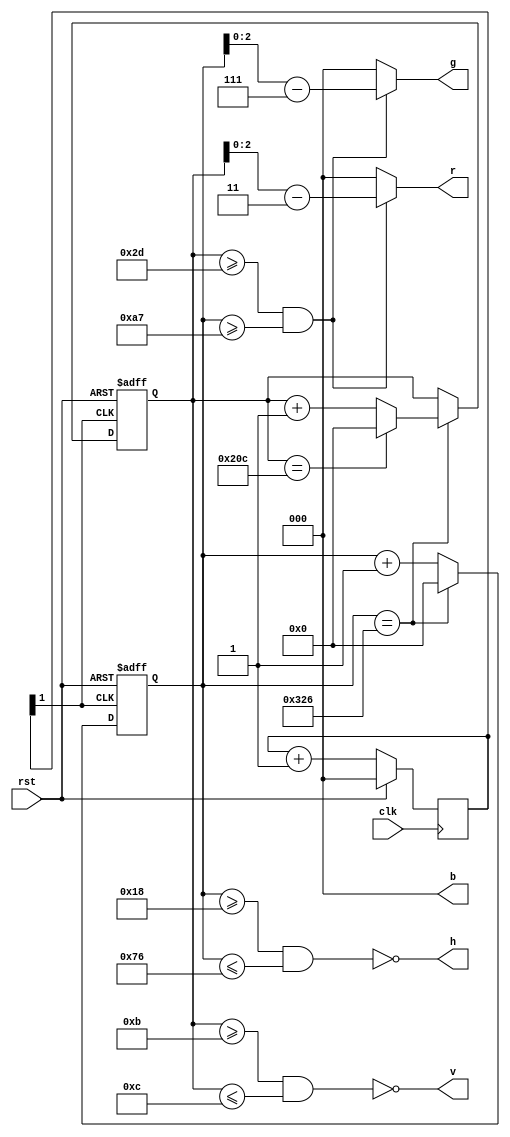
module video(clk, rst, r, g, b, h, v);
   input clk;
   input rst;
   output [2:0] r;
   output [2:0] g;
   output [2:0] b;
   output 	h;
   output 	v;

   reg 		r;
   reg 		g;
   reg 		b;
   
   reg [9:0] 	pixel_counter;
   reg [9:0] 	row_counter;

   reg [2:0] 	clk_counter;
   wire 	clk25;
   assign clk25 = clk_counter[1];
   always @ (posedge clk)
     if (rst)
       begin
	  clk_counter <= 0;
       end
     else
       begin
	  clk_counter <= clk_counter + 1;
       end
   
   assign v = ~(row_counter >= 11 && row_counter <= 12);
   assign h = ~(pixel_counter >= 24 && pixel_counter <= 118);

   always @ (pixel_counter or row_counter)
     begin
	if (row_counter >= 45 && pixel_counter >= 167)
	  begin
	     r = row_counter - 11;
	     g = pixel_counter - 167;
	     b = 0;
	  end
	else
	  begin
	     r = 0;
	     g = 0;
	     b = 0;
	  end
   end
   
   always @ (posedge clk25 or posedge rst)
     if (rst)
       pixel_counter <= 0;
     else if (pixel_counter == 806)
       pixel_counter <= 0;
     else
       pixel_counter <= pixel_counter + 1;
   
   always @ (posedge clk25 or posedge rst)
     if (rst)
       row_counter <= 0;
     else if (pixel_counter == 806)
       begin
	  if (row_counter == 524)
	    row_counter <= 0;
	  else
	    row_counter <= row_counter + 1;
       end

endmodule